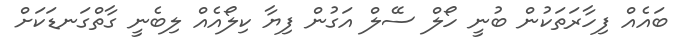
ބައެއް ފިހާރަތަކުން ބުނީ ހޯލް ސޭލް އަގުން ފިޔާ ކިލޯއެއް ލިބެނީ ގާތްގަނޑަކަށް